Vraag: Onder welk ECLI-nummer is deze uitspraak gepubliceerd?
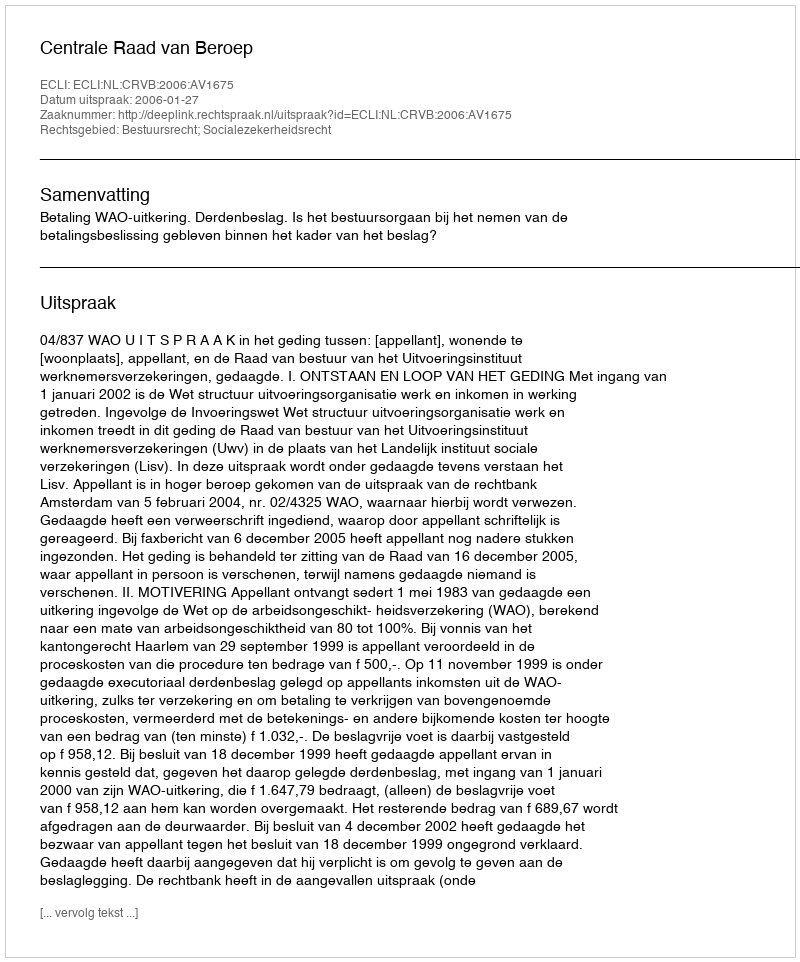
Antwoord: ECLI:NL:CRVB:2006:AV1675